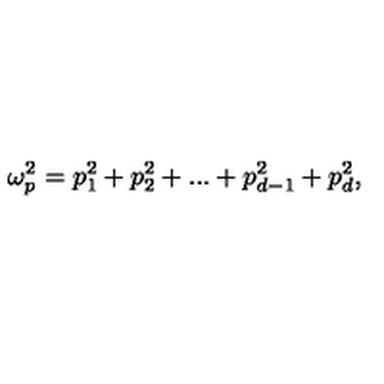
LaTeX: \omega _ { p } ^ { 2 } = p _ { 1 } ^ { 2 } + p _ { 2 } ^ { 2 } + . . . + p _ { d - 1 } ^ { 2 } + p _ { d } ^ { 2 } ,